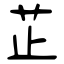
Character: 芷